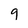
Character: 9